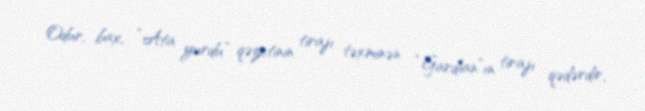
Odur, bax, “Ata yurdu” qəzetinin tirajı təxminən “Gardian”ın tirajı qədərdir,